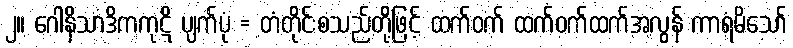
၂။ ဂေါနိသာဒိကကုဋိ ပျက်ပုံ = တံတိုင်းစသည်တို့ဖြင့် ထက်ဝက် ထက်ဝက်ထက်အလွန် ကာရံမိသော်